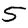
Digit: 5